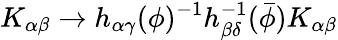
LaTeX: K_{\alpha\beta}\rightarrow h_{\alpha\gamma}(\phi)^{-1}h_{\beta\delta}^{-1}({\bar{\phi}})K_{\alpha\beta}